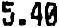
5.40